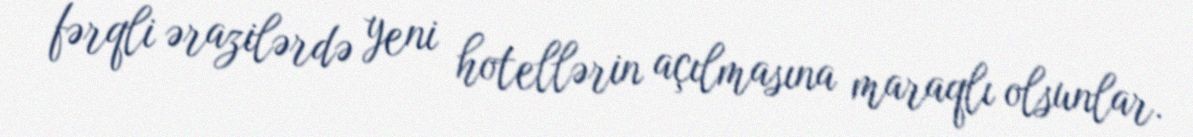
fərqli ərazilərdə yeni hotellərin açılmasına maraqlı olsunlar.